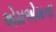
એમએમના